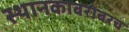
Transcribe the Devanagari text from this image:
स्थानकाबरोबरच